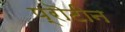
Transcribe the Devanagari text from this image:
प्रॊटीन